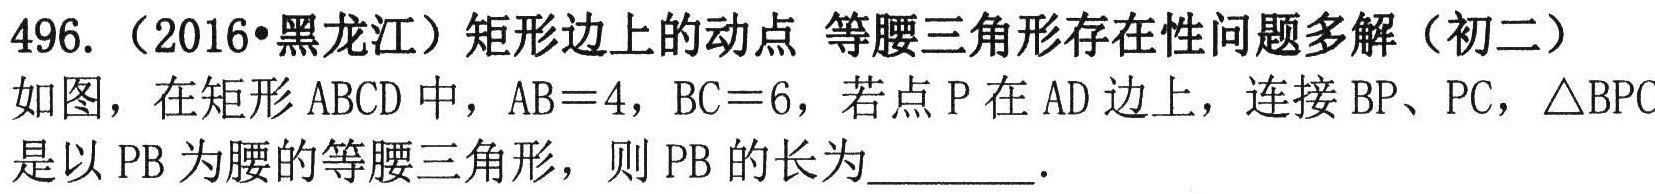
496.（2016•黑龙江）矩形边上的动点 等腰三角形存在性问题多解（初二）
如图，在矩形 \(ABCD\) 中，\(AB = 4\)，\(BC = 6\)，若点 \(P\) 在 \(AD\) 边上，连接 \(BP\)、\(PC\)，\(\triangle BPC\) 是以 \(PB\) 为腰的等腰三角形，则 \(PB\) 的长为________.